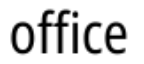
office